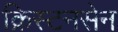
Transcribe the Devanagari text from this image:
क्रिस्टनसेन